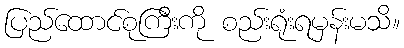
ပြည်ထောင်စုကြီးကို စည်းရုံးရမှန်းမသိ။